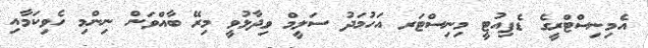
އެމިނިސްޓްރީގެ ޑެޕިއުޓީ މިނިސްޓަރ އަހުމަދު ސަލީމް ވިދާޅުވީ މިރޭ ބާއްވަން ނިންމި ހެވިކަމާއި